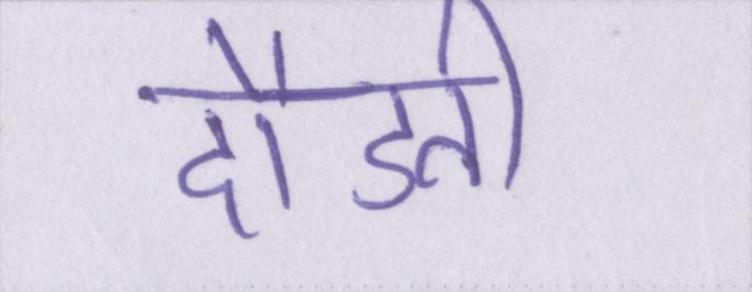
दौडती